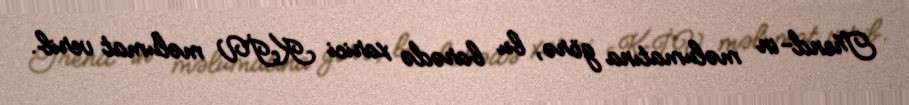
Trend-in məlumatına görə, bu barədə xarici KİV məlumat verib.